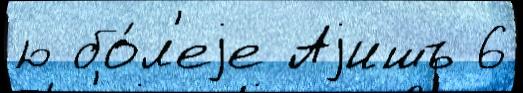
ю бо́л'еjе Аjишъ 6